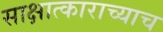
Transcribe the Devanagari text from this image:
साक्षात्काराच्याच